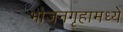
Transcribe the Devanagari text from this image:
भोजनगृहामध्ये